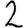
Digit: 2